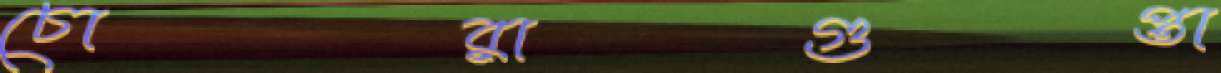
চোরাগুপ্তা